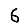
Digit: 6